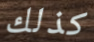
كذلك